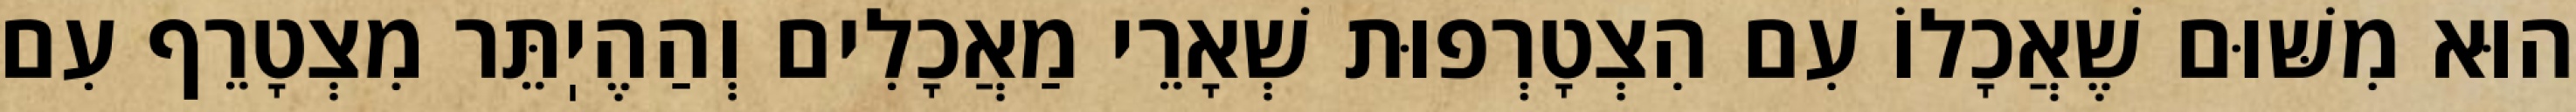
הוּא מִשּׁוּם שֶׁאֲכָלוֹ עִם הִצְטָרְפוּת שְׁאָרֵי מַאֲכָלִים וְהַהֶיֽתֵּר מִצְטָרֵף עִם